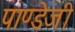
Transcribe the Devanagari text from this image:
पाण्डेजी